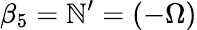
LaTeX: \beta_{5}=\mathbb{N}^{\prime}=(-\Omega)